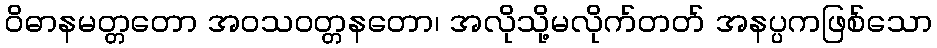
ဝိဓာနမတ္တတော အဝသဝတ္တနတော၊ အလိုသို့မလိုက်တတ် အနပ္ပကဖြစ်သော